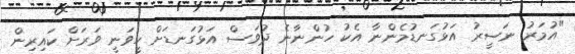
"އުމަރު ނަސީރު އަޅުގަނޑުމެންނާ އެކު ހުންނާނެ ދުވަސް އަޅުގަނޑަށް ހީވަނީ ވަރަށް ކައިރިން